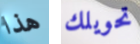
هذا تحويلك